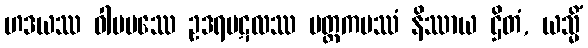
ဟဒယဿ ဝါမပဿေ ဥဒရပဋလဿ မတ္ထကပဿံ နိဿာယ ဌိတံ, ယသ္မိံ